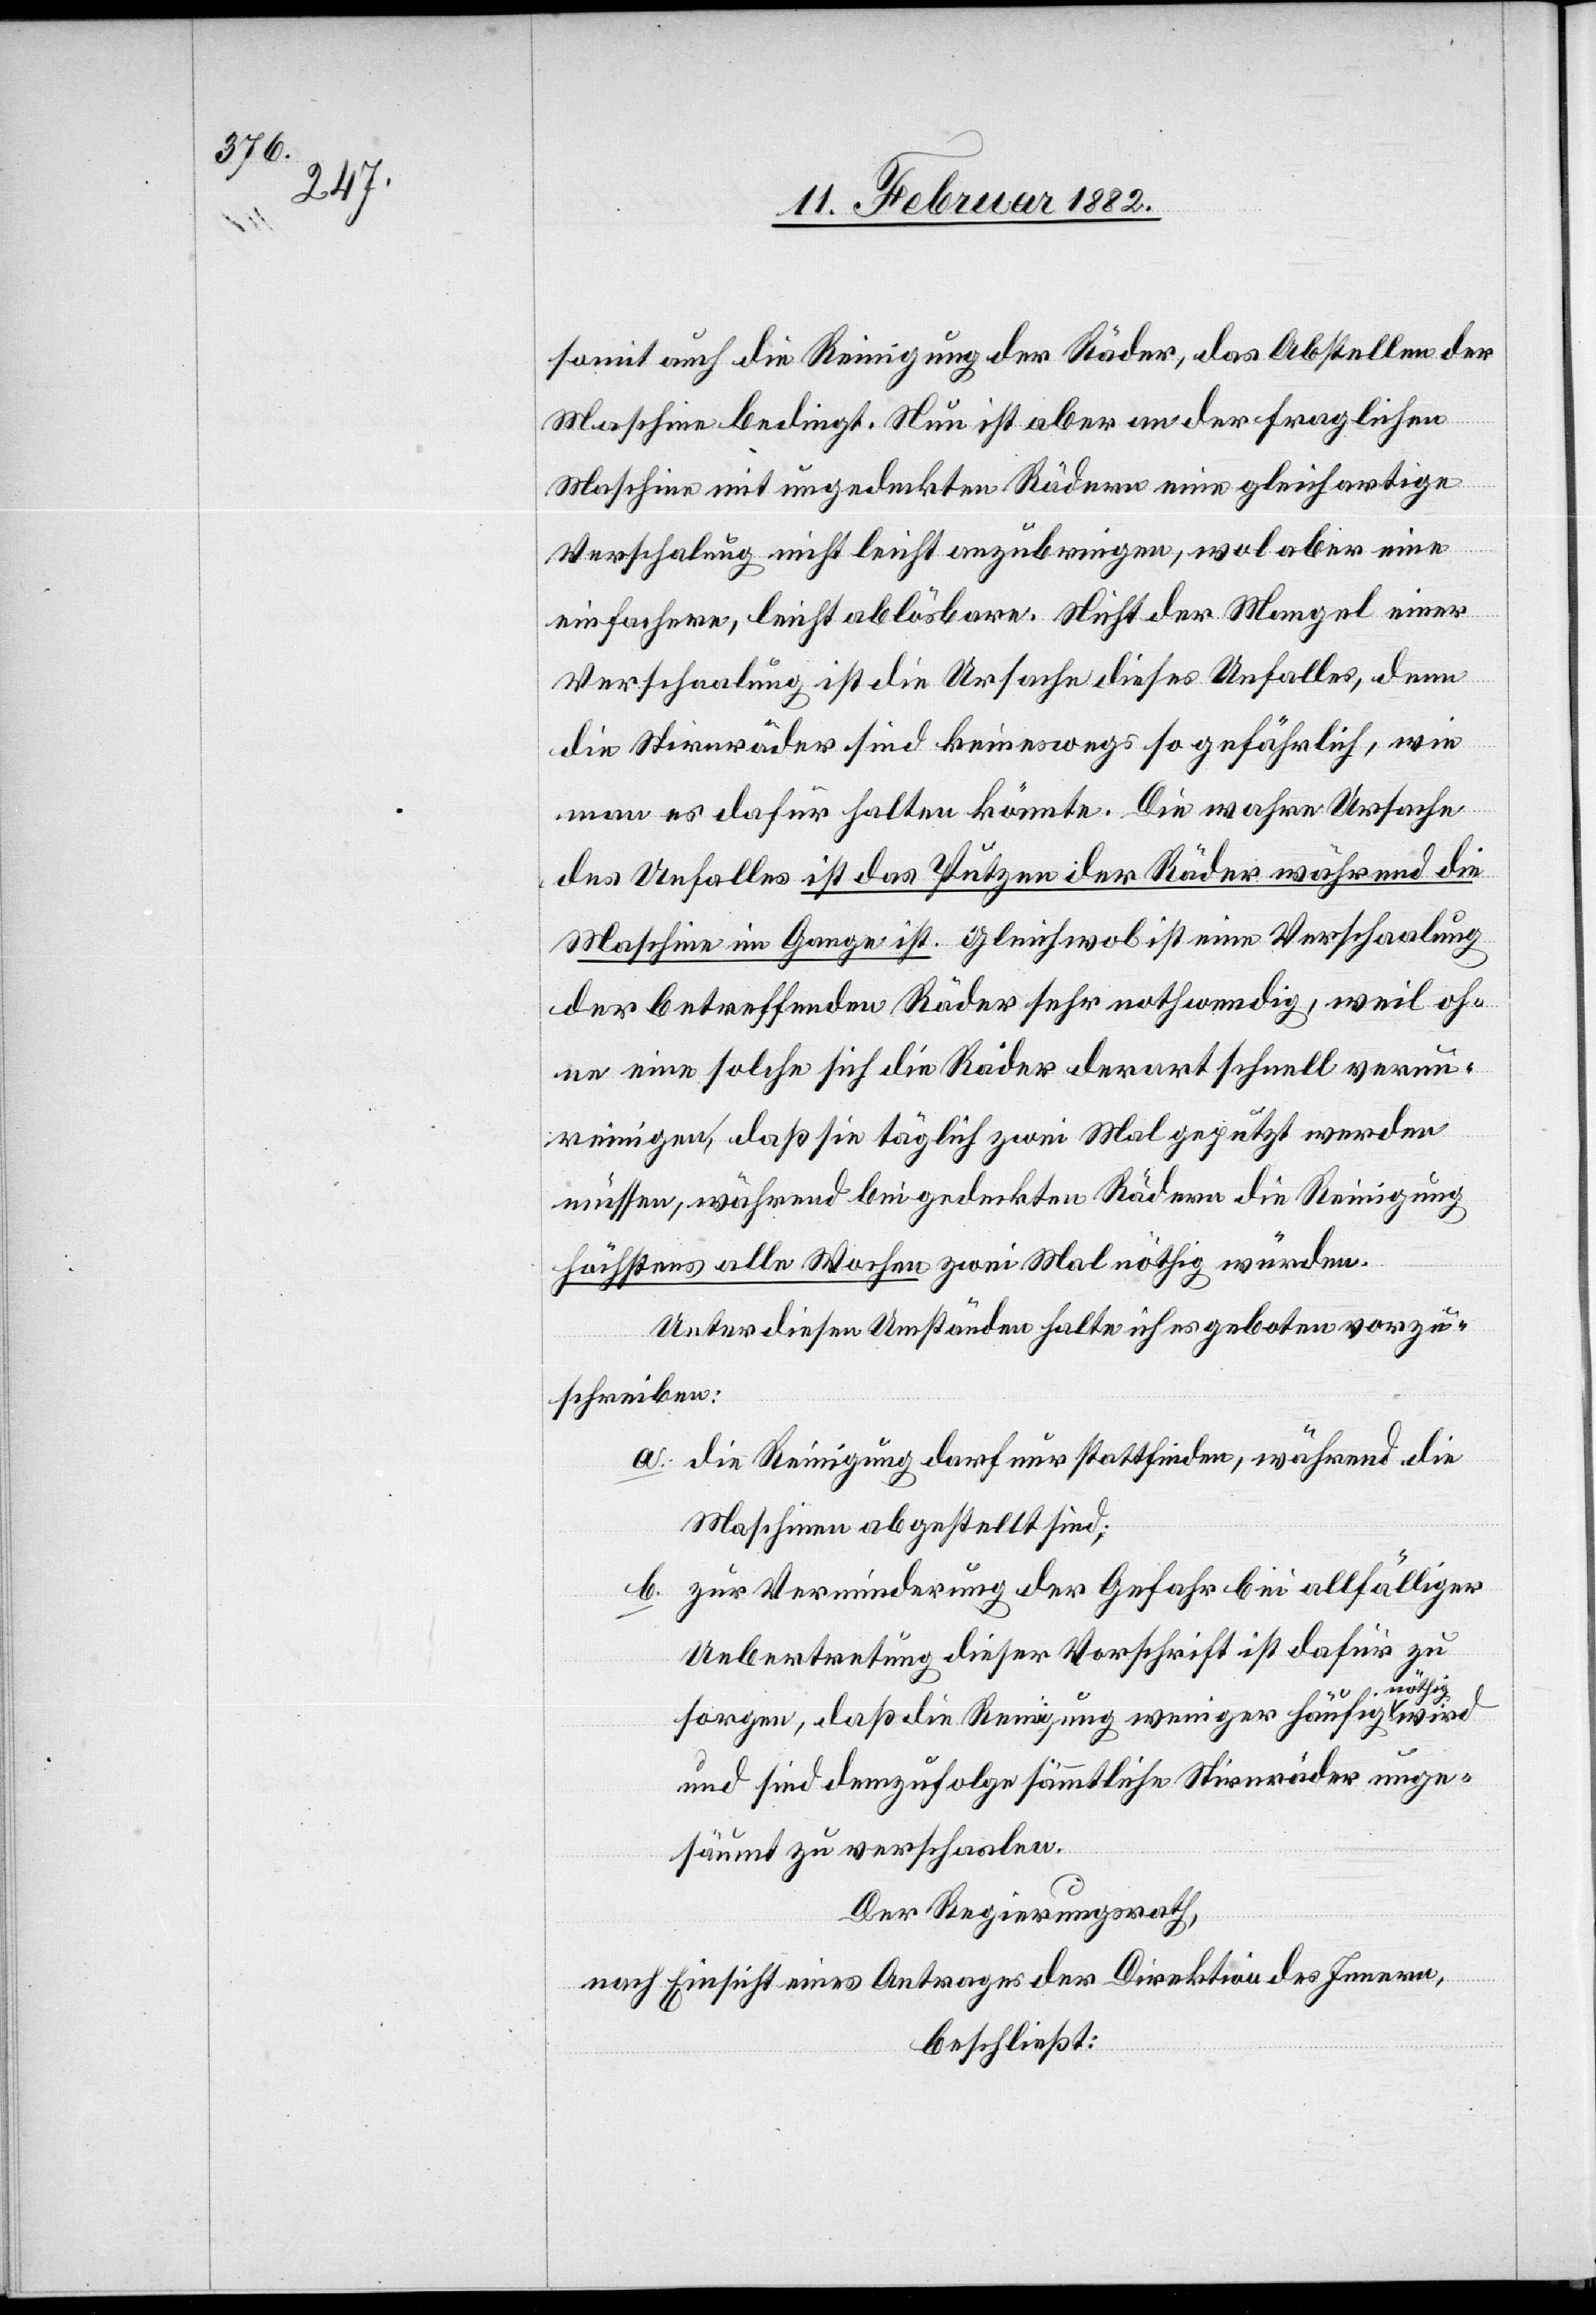
somit auch die Reinigung der Räder, das Abstellen der
Maschine bedingt. Nun ist aber an der fraglichen
Maschine mit ungedeckten Rädern eine gleichartige
Verschalung nicht leicht anzubringen, wol aber eine
einfachere, leicht ablösbare. Nicht der Mangel einer
Verschaalung ist die Ursache dieses Unfalles, denn
die Stirnräder sind keineswegs so gefährlich, wie
man es dafür halten könnte. Die wahre Ursache
des Unfalles ist das Putzen der Räder während die
Maschine im Gange ist. Gleichwol ist eine Verschaalung
der betreffenden Räder sehr nothwendig, weil of¬
fen eine solche sich die Räder derart schnell verun¬
reinigen, daß sie täglich zwei Mal geputzt werden
müssen, während bei gedeckten Rädern die Reinigung
höchstens alle Wochen zwei Mal nöthig würden.
Unter diesen Umständen halte ich es geboten vorzu¬
schreiben:
a. die Reinigung darf nur stattfinden, während die
Maschinen abgestellt sind;
b. zur Verminderung der Gefahr bei allfälliger
Uebertretung dieser Vorschrift ist dafür zu
nöthig
sorgen, daß die Reinigung weniger häufig
und sind demzufolge sämmtliche Stirnräder unge¬
säumt zu verschaalen.
Der Regierungsrath,
nach Einsicht eines Antrages der Direktion des Innern,
beschließt: